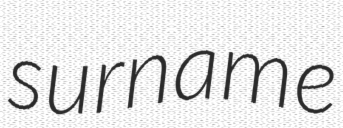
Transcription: surname